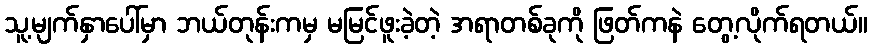
သူ့မျက်နှာပေါ်မှာ ဘယ်တုန်းကမှ မမြင်ဖူးခဲ့တဲ့ အရာတစ်ခုကို ဖြတ်ကနဲ တွေ့လိုက်ရတယ်။